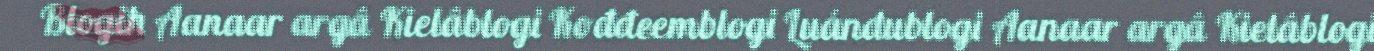
Blogih Aanaar argâ Kielâblogi Kođđeemblogi Luándublogi Aanaar argâ Kielâblogi